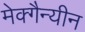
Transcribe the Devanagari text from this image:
मेक्गैन्यीन